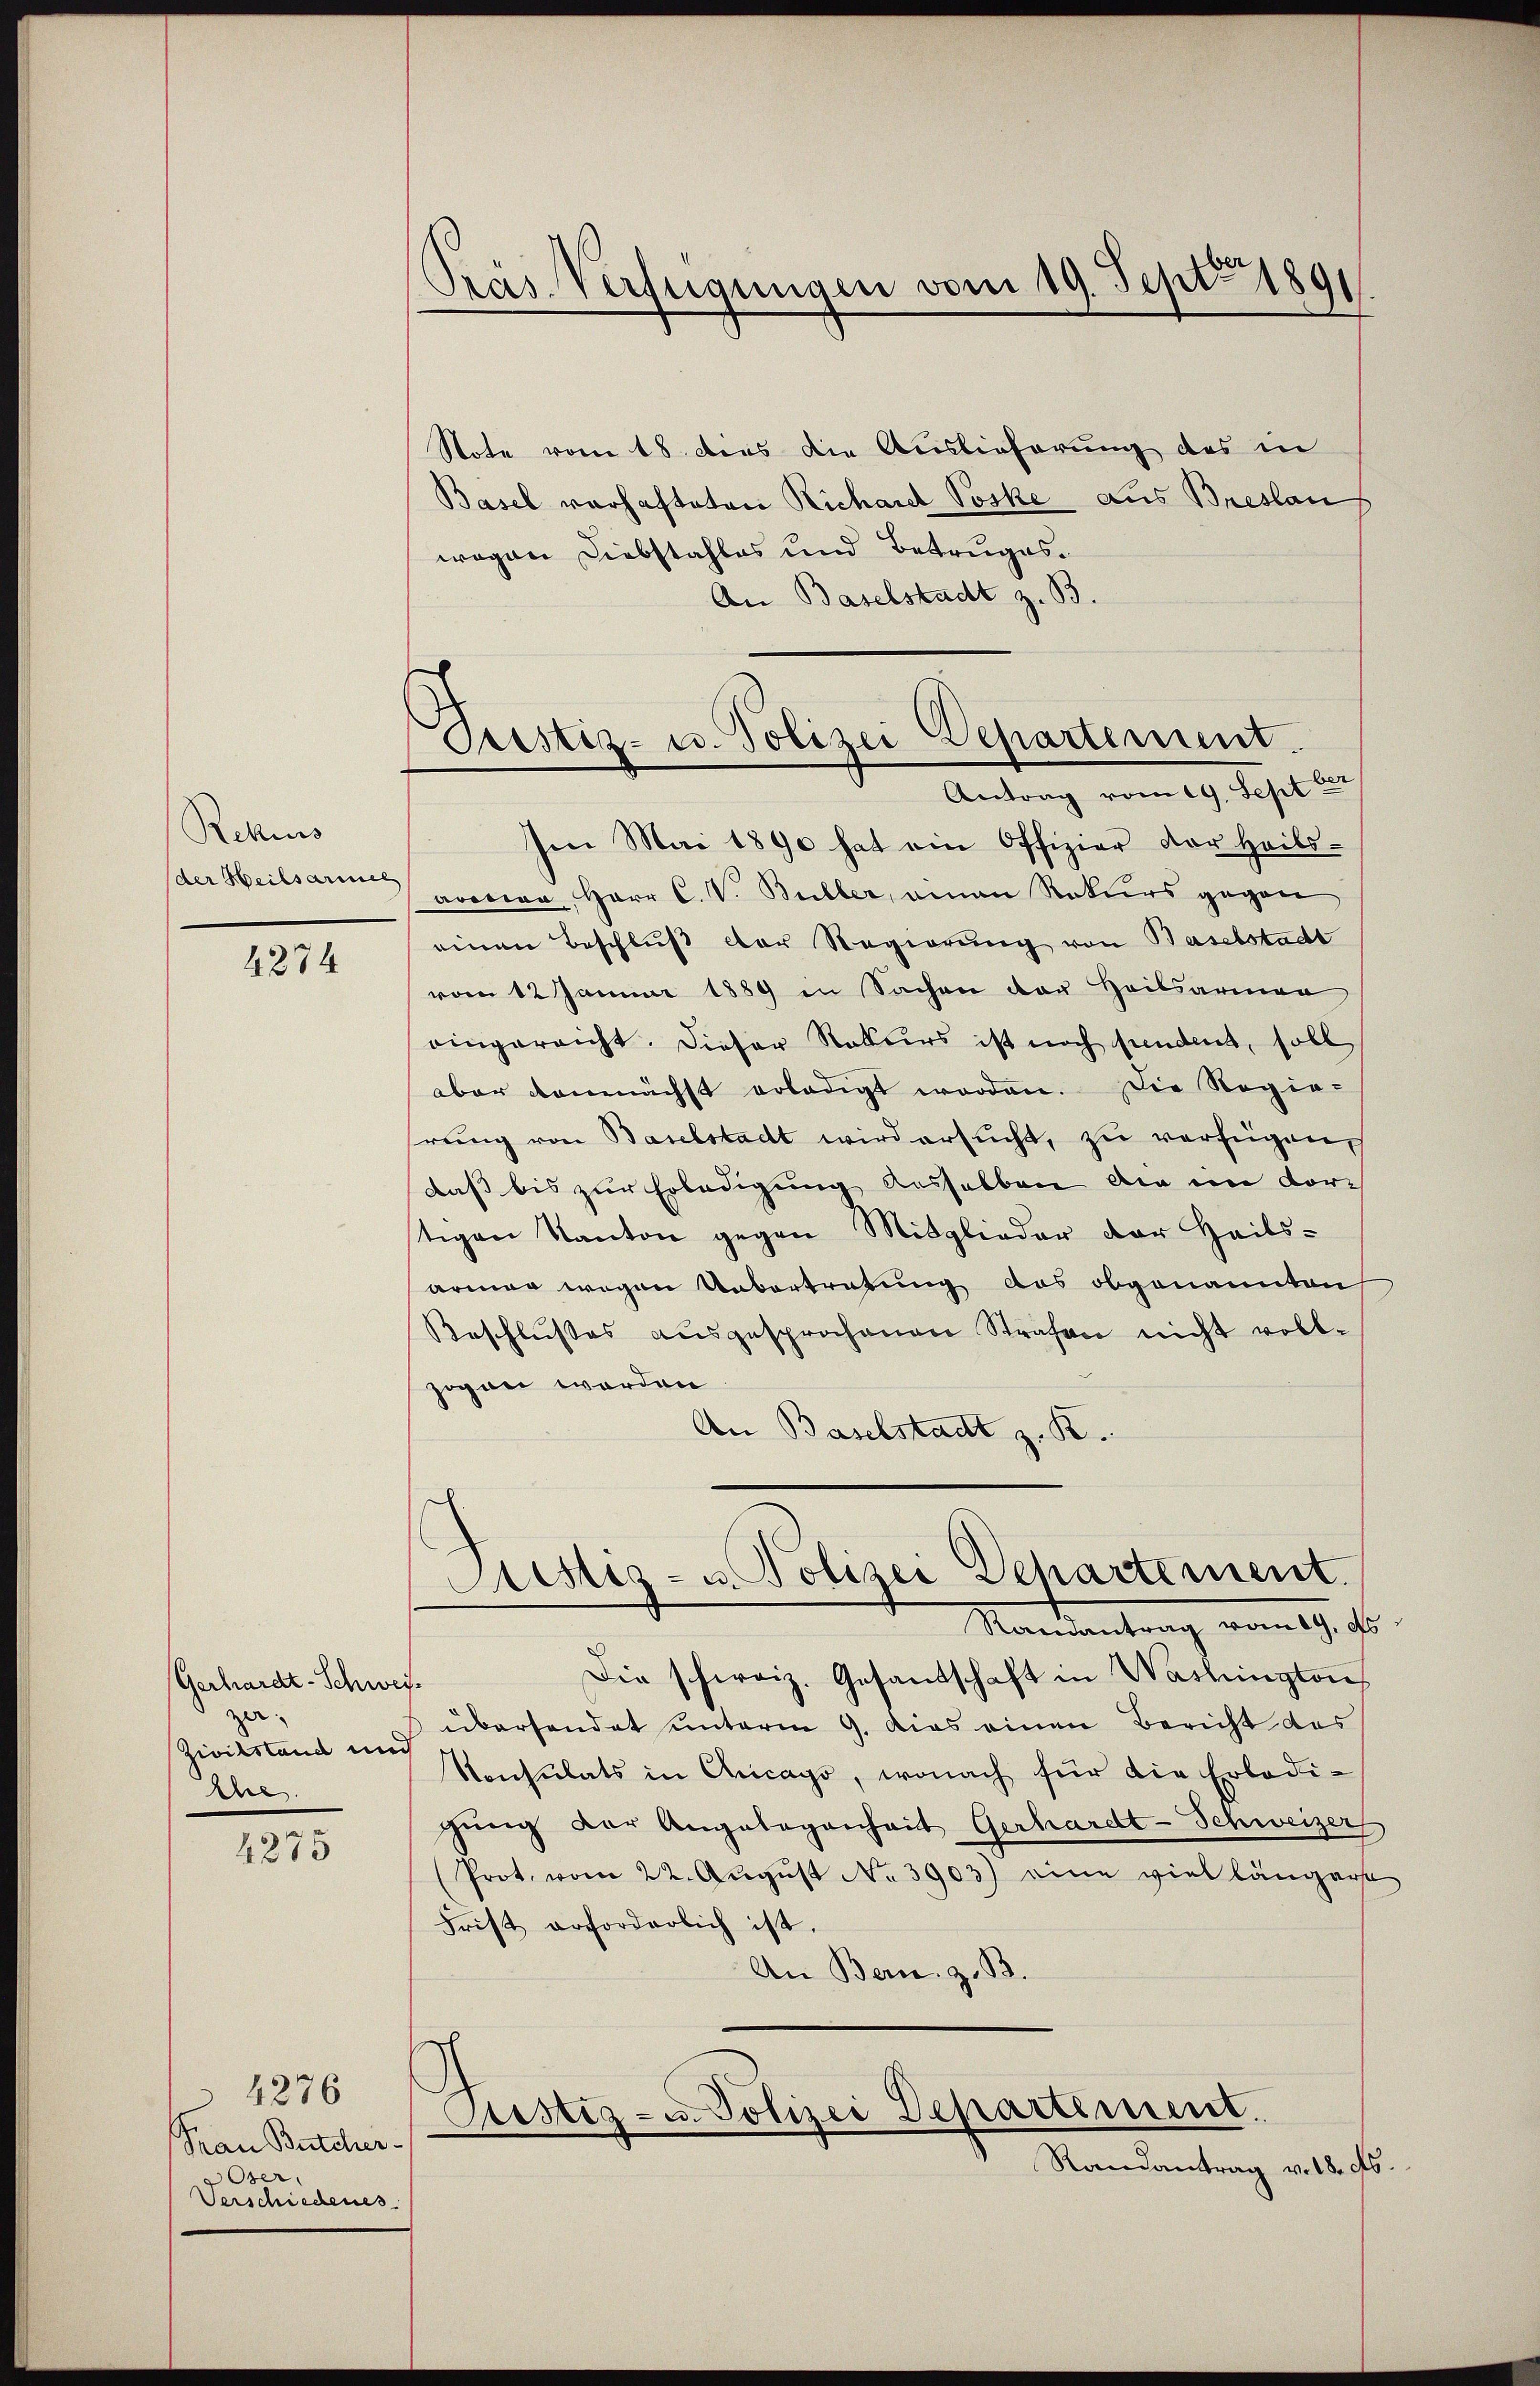
Rekurs
(der Heilsarmel

4274

Gerhardt-Schweisze.
Zivilstand und
Ehe

4275

4276
Frau Butcher-
Oser,
Verschiedenes

Präs. Verfügungen vom 19. Septbr. 1891

Peistiz- u. Polizei Departement.
Antrag vom 29. Sept 18

Note vom 18. des die Auslieferung des in
Basel vorhafteten Richard Poske aus Breslan
wegen Diebstahles und Betruges.
An Baselstadt z. B.
Im Mai 1890 hat ein Offizier vor heils-
aronina Herr C. V. Buller, amon Rekurs gegen
einen Beschluß der Regierung von Baselstadt
vom 12 Januar 1889 in Sachen der Heilsarmen
eingereicht. Dieser Rekurs ist noch pendent, soll
aber demnächst erledigt worden. Die Regie-
hrung von Baselstadt wird ersucht, zu verfügen,
daß bis zur Erledigung desselben die im dor-
tigen Kanton gegen Mitglieder der Heils-
armer wegen Unbertretung das obgenannten
Beschlußes aŭsgesprochenen Strafen nicht voll-
zogen worden
An Baselstadt z. K.
Sistiz- u. Polizei Departement.
Ramantrag vom 19. ds.
Die schweiz. Gesandschaft in Washington
übersendet unterm 9. dies einen Bericht des
Konsulats in Chicago, wonach für die Erledigung der Angelegenheit Gerhardt-Schweizer
(Prot. vom 22. Aŭgŭst No. 3903) eine viel längere
Frist erforderlich ist,
An Bern, z. B.
Custiz- u. Polizei Departement.
Randantrag v. 18. ds